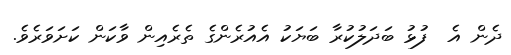
ދެން އެ  ފުޅު ބަދަލުކުރާ ބަޔަކު އެއުރެންގެ ތެރެއިން ވާކަން ކަށަވަރެވެ.